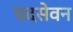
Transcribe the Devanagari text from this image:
पदसेवन